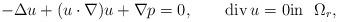
LaTeX: \begin{align*}-\Delta u+(u\cdot\nabla )u+\nabla p=0, \qquad{\rm div}\,u=0\mbox{in }\,\,\Omega_r,\end{align*}